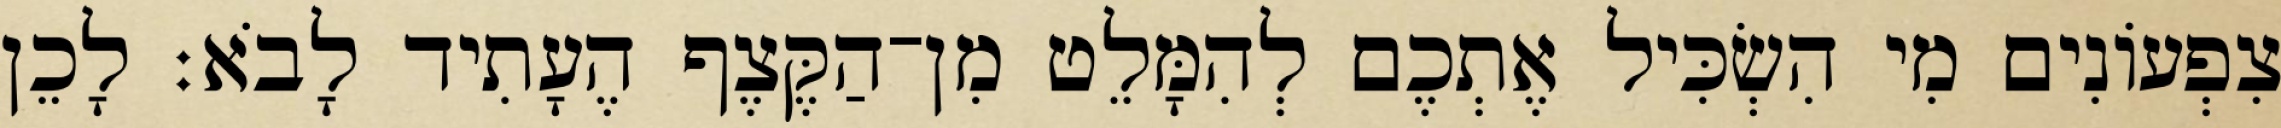
צִפְעוֹנִים מִי הִשְׂכִּיל אֶתְכֶם לְהִמָּלֵט מִן־הַקֶּצֶף הֶעָתִיד לָבֹא׃ לָכֵן